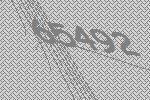
65492